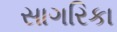
સાગરિકા